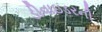
ડીવાઇડરની